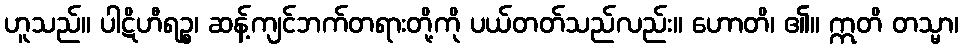
ဟူသည်။ ပါဋိဟီရဉ္စ၊ ဆန့်ကျင်ဘက်တရားတို့ကို ပယ်တတ်သည်လည်း။ ဟောတိ၊ ၏။ ဣတိ တသ္မာ၊